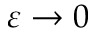
\varepsilon \to 0